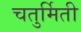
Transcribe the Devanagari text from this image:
चतुर्मिती